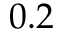
0 . 2